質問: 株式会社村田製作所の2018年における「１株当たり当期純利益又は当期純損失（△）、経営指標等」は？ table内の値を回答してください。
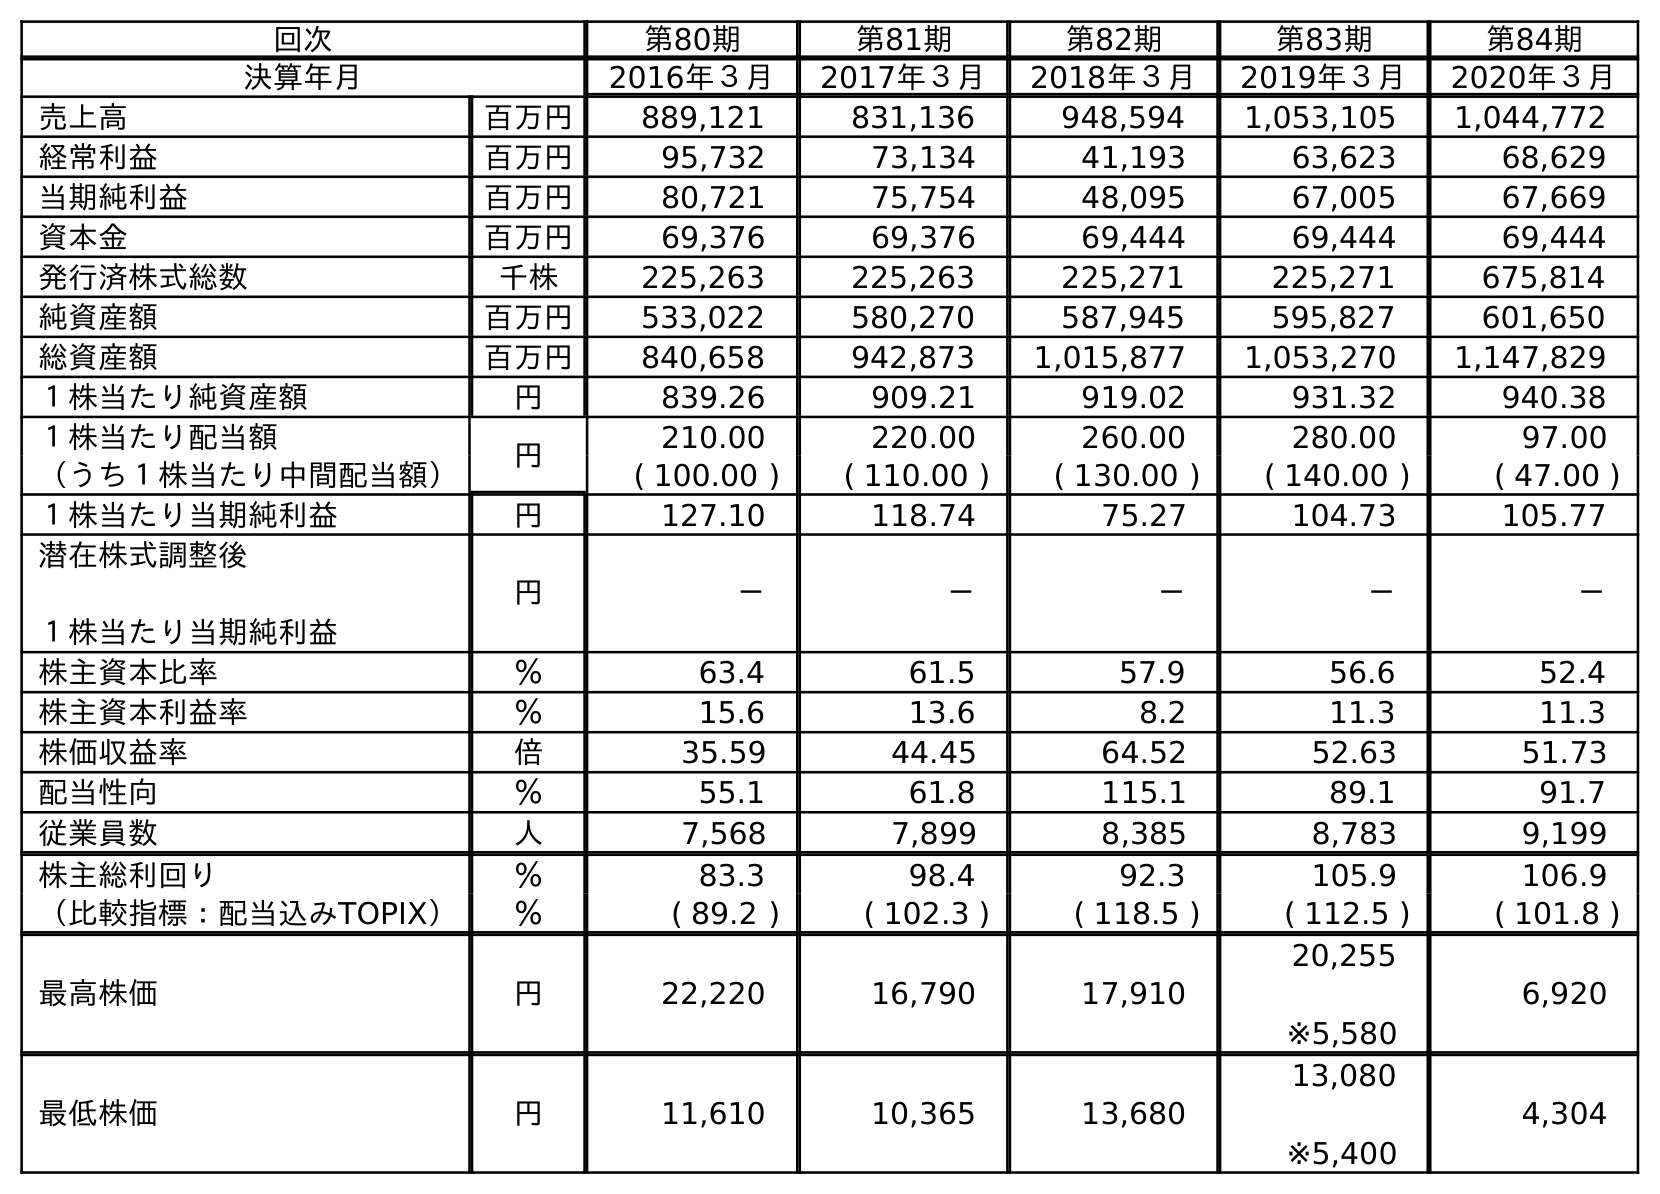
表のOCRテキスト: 回次 第80期 第81期 第82期 第83期 第84期 決算年月 2016年３月 2017年３月 2018年３月 2019年３月 2020年３月 売上高 百万円 889,121 831,136 948,594 1,053,105 1,044,772 経常利益 百万円 95,732 73,134 41,193 63,623 68,629 当期純利益 百万円 80,721 75,754 48,095 67,005 67,669 資本金 百万円 69,376 69,376 69,444 69,444 69,444 発行済株式総数 千株 225,263 225,263 225,271 225,271 675,814 純資産額 百万円 533,022 580,270 587,945 595,827 601,650 総資産額 百万円 840,658 942,873 1,015,877 1,053,270 1,147,829 １株当たり純資産額 円 839.26 909.21 919.02 931.32 940.38 １株当たり配当額 円 210.00 220.00 260.00 280.00 97.00 （うち１株当たり中間配当額） ( 100.00 ) ( 110.00 ) ( 130.00 ) ( 140.00 ) ( 47.00 ) １株当たり当期純利益 円 127.10 118.74 75.27 104.73 105.77 潜在株式調整後 １株当たり当期純利益 円 － － － － － 株主資本比率 ％ 63.4 61.5 57.9 56.6 52.4 株主資本利益率 ％ 15.6 13.6 8.2 11.3 11.3 株価収益率 倍 35.59 44.45 64.52 52.63 51.73 配当性向 ％ 55.1 61.8 115.1 89.1 91.7 従業員数 人 7,568 7,899 8,385 8,783 9,199 株主総利回り ％ 83.3 98.4 92.3 105.9 106.9 （比較指標：配当込みTOPIX） ％ ( 89.2 ) ( 102.3 ) ( 118.5 ) ( 112.5 ) ( 101.8 ) 最高株価 円 22,220 16,790 17,910 20,255 ※5,580 6,920 最低株価 円 11,610 10,365 13,680 13,080 ※5,400 4,304
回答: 75.27